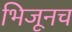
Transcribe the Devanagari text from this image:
भिजूनच